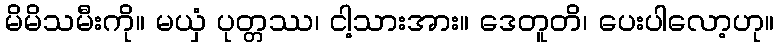
မိမိသမီးကို။ မယှံ ပုတ္တဿ၊ ငါ့သားအား။ ဒေတူတိ၊ ပေးပါလော့ဟု။